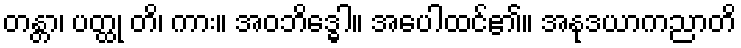
တန္တာ၊ ပတ္ထု တိ၊ ကား။ အဝဘိဒ္ဓေါ။ အပေါထင်၏။ အနုဒယာကညာတိ